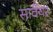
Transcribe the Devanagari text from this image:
सार्वेयर